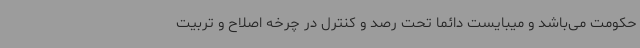
حکومت می‌باشد و میبایست دائما تحت رصد و کنترل در چرخه اصلاح و تربیت